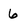
Character: 6